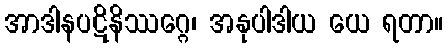
အာဒါနပဋိနိဿဂ္ဂေ၊ အနုပါဒါယ ယေ ရတာ။